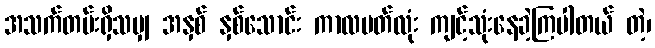
အသက်တမ်းရှိသမျှ အနှစ် နှစ်သောင်း ကာလပတ်လုံး ကျင့်သုံးနေခဲ့ကြပါတယ် တဲ့၊